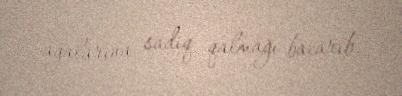
ağalarına sadiq qalmağı bacarıb.